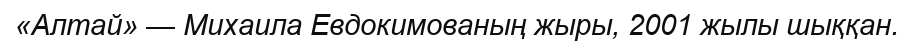
«Алтай» — Михаила Евдокимованың жыры, 2001 жылы шыққан.